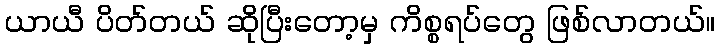
ယာယီ ပိတ်တယ် ဆိုပြီးတော့မှ ကိစ္စရပ်တွေ ဖြစ်လာတယ်။